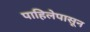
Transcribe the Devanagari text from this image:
पाहिलेपासून